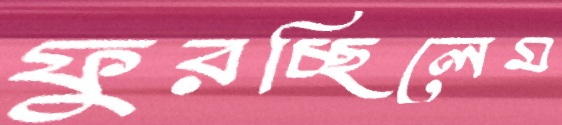
ফুরচ্ছিলেম